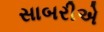
સાબરીએ